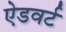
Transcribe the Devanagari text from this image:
ऐडवर्ट